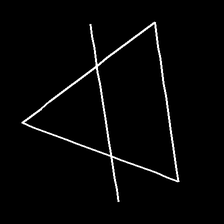
Glyph: empower